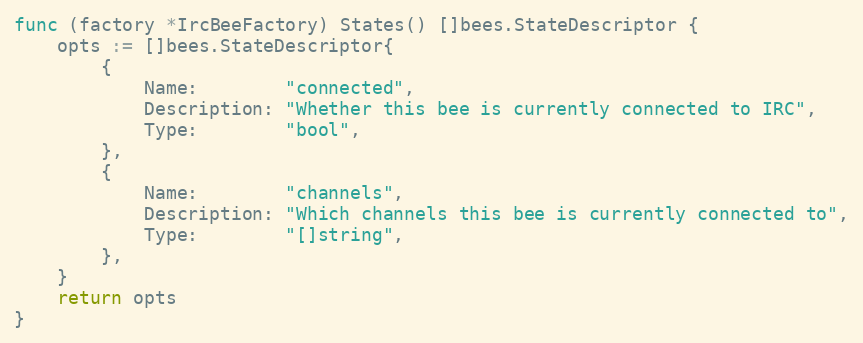
Language: Go
func (factory *IrcBeeFactory) States() []bees.StateDescriptor {
	opts := []bees.StateDescriptor{
		{
			Name:        "connected",
			Description: "Whether this bee is currently connected to IRC",
			Type:        "bool",
		},
		{
			Name:        "channels",
			Description: "Which channels this bee is currently connected to",
			Type:        "[]string",
		},
	}
	return opts
}